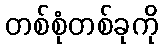
တစ်စုံတစ်ခုကို